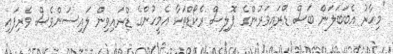
"މިހާރު އެބަބަލަން ބަސް ޑްރައިވަރުންގެ ޕޮލިސް ރެކޯޑްތަކާ އެމީހުންގެ ޑްރައިވިން ލައިސަންވެސް ވެރިފައި